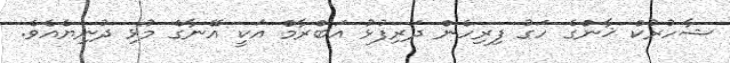
ޝާހުރުކް ޚާންގެ ހަގު ފިރިހެން ދަރިފުޅު އަބްރާމް އަކީ އޭނާގެ މުޅި ދުނިޔެއެވެ.